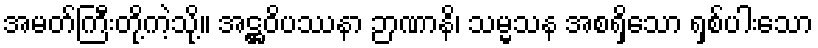
အမတ်ကြီးတို့ကဲ့သို့။ အဋ္ဌဝိပဿနာ ဉာဏာနိ၊ သမ္မသန အစရှိသော ရှစ်ပါးသော